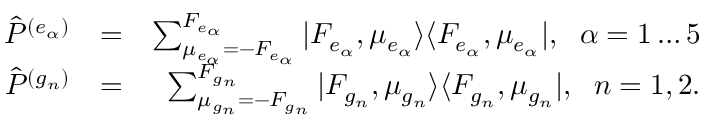
\begin{array} { r l r } { { \hat { P } } ^ { ( e _ { \alpha } ) } } & { = } & { \sum _ { \mu _ { e _ { \alpha } } = - F _ { e _ { \alpha } } } ^ { F _ { e _ { \alpha } } } | F _ { e _ { \alpha } } , \mu _ { e _ { \alpha } } \rangle \langle F _ { e _ { \alpha } } , \mu _ { e _ { \alpha } } | , \, \, \; \alpha = 1 \dots 5 } \\ { { \hat { P } } ^ { ( g _ { n } ) } } & { = } & { \sum _ { \mu _ { g _ { n } } = - F _ { g _ { n } } } ^ { F _ { g _ { n } } } | F _ { g _ { n } } , \mu _ { g _ { n } } \rangle \langle F _ { g _ { n } } , \mu _ { g _ { n } } | , \, \, \; n = 1 , 2 . } \end{array}